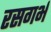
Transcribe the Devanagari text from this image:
रसगर्भ